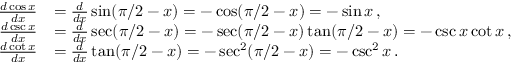
{ \begin{array} { r l } { { \frac { d \cos x } { d x } } } & { = { \frac { d } { d x } } \sin ( \pi / 2 - x ) = - \cos ( \pi / 2 - x ) = - \sin x \, , } \\ { { \frac { d \csc x } { d x } } } & { = { \frac { d } { d x } } \sec ( \pi / 2 - x ) = - \sec ( \pi / 2 - x ) \tan ( \pi / 2 - x ) = - \csc x \cot x \, , } \\ { { \frac { d \cot x } { d x } } } & { = { \frac { d } { d x } } \tan ( \pi / 2 - x ) = - \sec ^ { 2 } ( \pi / 2 - x ) = - \csc ^ { 2 } x \, . } \end{array} }